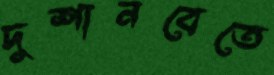
দুশানবেতে